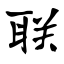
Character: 联